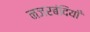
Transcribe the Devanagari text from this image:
नजरबंदियाँ